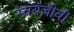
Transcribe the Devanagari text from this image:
स्वयंजीवी